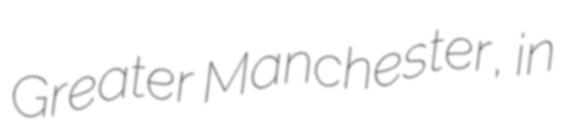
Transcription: Greater Manchester, in